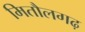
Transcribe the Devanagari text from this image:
मितौलगढ़